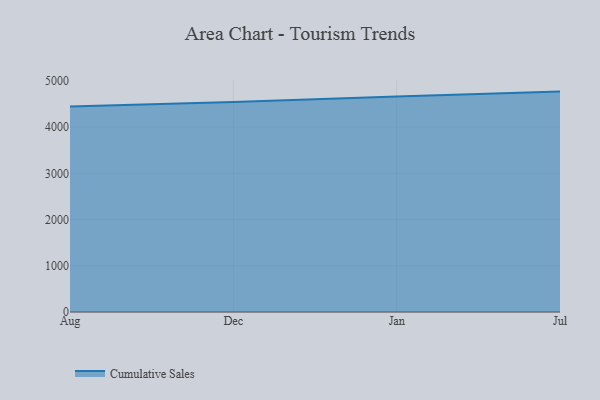
{"axis": {"x": "Month", "y": "Demand Index"}, "legend": ["Cumulative Sales"], "data": [{"x": "Aug", "y": 4445.4, "type": "Cumulative Sales"}, {"x": "Dec", "y": 4540.1, "type": "Cumulative Sales"}, {"x": "Jan", "y": 4660.5, "type": "Cumulative Sales"}, {"x": "Jul", "y": 4767.7, "type": "Cumulative Sales"}]}